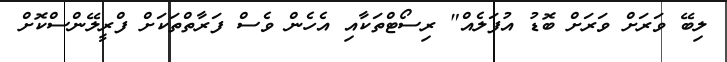
ލިބޭ ވަރަށް ވަރަށް ބޮޑު އުފަލެއް" ރިސޯޓްތަކާއި އެހެން ވެސް ފަރާތްތަކަށް ފްރީލޭންސްކޮށް